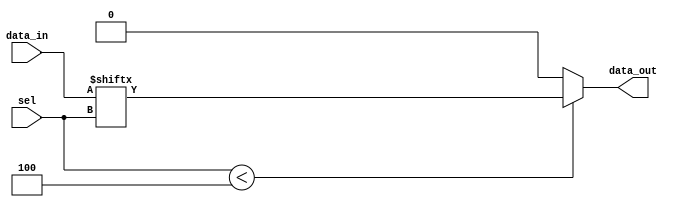
module parameterized_mux #(
    parameter N = 4 // Number of inputs, default to 4
) (
    input  wire [N-1:0] data_in, // Data inputs
    input  wire [$clog2(N)-1:0] sel, // Select lines
    output reg  data_out // Output
);

    always @(*) begin
        // Default output to 0 (or could be set to a specific value)
        data_out = 1'b0; 

        // Check if the select signal is within the valid range
        if (sel < N) begin
            data_out = data_in[sel]; // Route the selected input to output
        end
        // Optionally handle out-of-range cases here
        // else begin
        //     // Handle out-of-range case (e.g., set to a default value or raise an error)
        //     data_out = 1'b0; // Default value
        // end
    end

endmodule